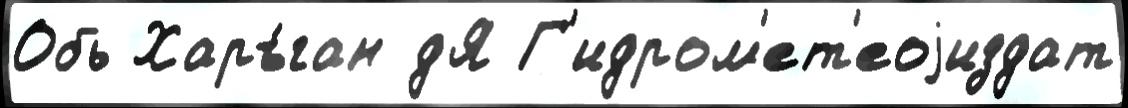
Обь Харъ́ган дЯ Г'идром'ет'еоjиздат